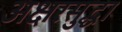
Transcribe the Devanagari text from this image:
अक्षरसुद्धा